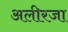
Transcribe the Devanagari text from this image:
अलीरजा